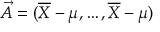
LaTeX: { \vec { A } } = ( { \overline { { X } } } - \mu , \ldots , { \overline { { X } } } - \mu )